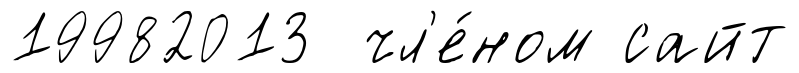
19982013 чл'е́ном сайт